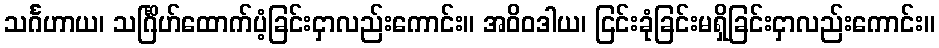
သင်္ဂဟာယ၊ သင်္ဂြိဟ်ထောက်ပံ့ခြင်းငှာလည်းကောင်း။ အဝိဝဒါယ၊ ငြင်းခုံခြင်းမရှိခြင်းငှာလည်းကောင်း။